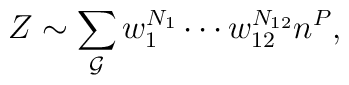
Z \sim \sum_{{\cal G}} w_1^{N_1}\cdots w_{12}^{N_{12}} n^P,